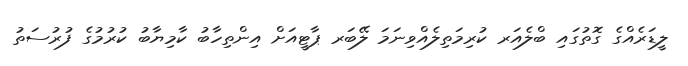
ލީޑަރެއްގެ ގޮތުގައި ބްލެއަރ ކުރިމަތިލެއްވިނަމަ ލޭބަރ ޕާޓީއަށް އިންތިހާބު ކާމިޔާބު ކުރުމުގެ ފުރުސަތު